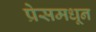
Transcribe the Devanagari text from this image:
प्रेसमधून